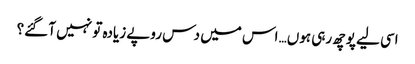
اسی لیے پوچھ رہی ہوں… اس میں دس روپے زیادہ تو نہیں آ گئے؟